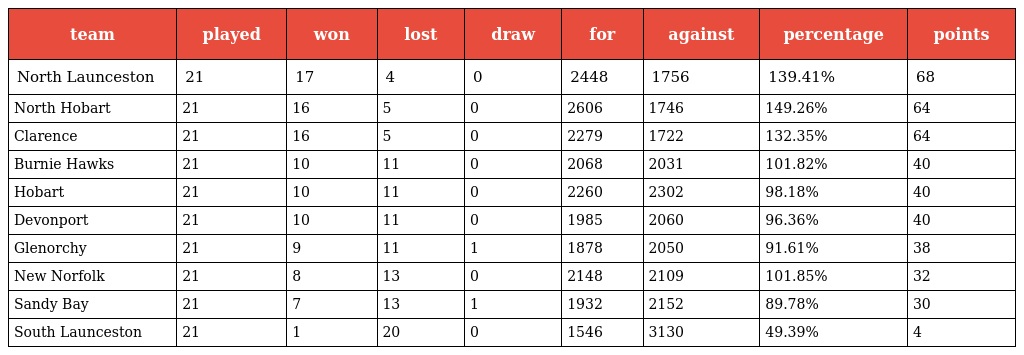
| team | played | won | lost | draw | for | against | percentage | points |
 | --- | --- | --- | --- | --- | --- | --- | --- | --- |
 | North Launceston | 21 | 17 | 4 | 0 | 2448 | 1756 | 139.41% | 68 |
 | North Hobart | 21 | 16 | 5 | 0 | 2606 | 1746 | 149.26% | 64 |
 | Clarence | 21 | 16 | 5 | 0 | 2279 | 1722 | 132.35% | 64 |
 | Burnie Hawks | 21 | 10 | 11 | 0 | 2068 | 2031 | 101.82% | 40 |
 | Hobart | 21 | 10 | 11 | 0 | 2260 | 2302 | 98.18% | 40 |
 | Devonport | 21 | 10 | 11 | 0 | 1985 | 2060 | 96.36% | 40 |
 | Glenorchy | 21 | 9 | 11 | 1 | 1878 | 2050 | 91.61% | 38 |
 | New Norfolk | 21 | 8 | 13 | 0 | 2148 | 2109 | 101.85% | 32 |
 | Sandy Bay | 21 | 7 | 13 | 1 | 1932 | 2152 | 89.78% | 30 |
 | South Launceston | 21 | 1 | 20 | 0 | 1546 | 3130 | 49.39% | 4 |